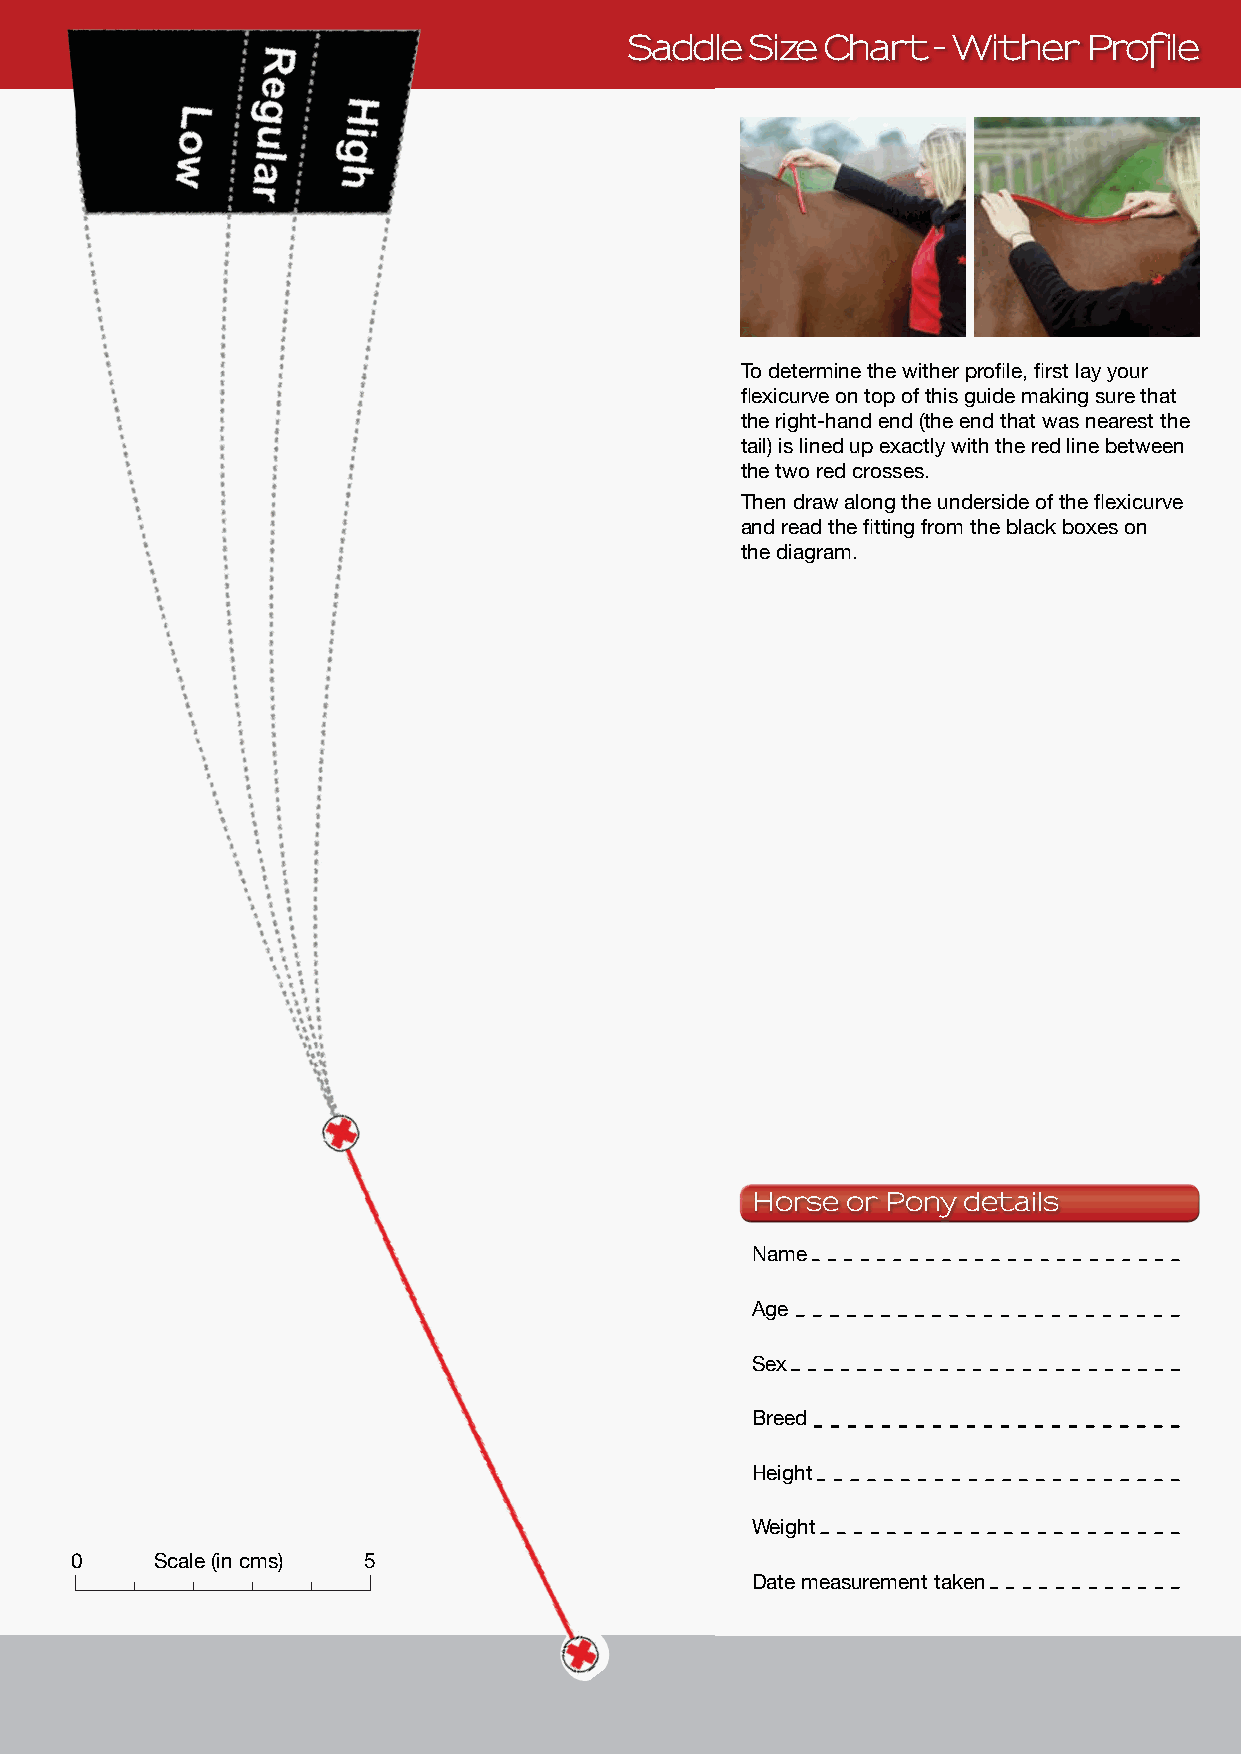
Saddle  Size Chart  - Wither  Profile
 To determine the wither profile, first lay your
 flexicurve on top of this guide making sure that
 the right-hand end (the end that was nearest the
 tail) is lined up exactly with the red line between
 the two red crosses.
 Then draw along the underside of the flexicurve
 and read the fitting from the black boxes on
 the diagram.
 Horse or Pony details
 Name
 Age
 Sex
 Breed
 Height
 Weight
 0    Scale (in cms) 5
 Date measurement taken